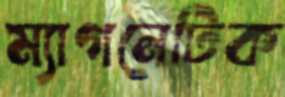
ম্যাগনেটিক